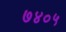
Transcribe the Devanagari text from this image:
७४०५